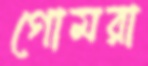
গোমরা